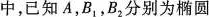
中，已知A，B_{1}，B_{2}分别为椭圆